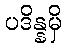
ပဒိန္နမှိ